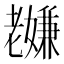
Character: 𫅸